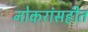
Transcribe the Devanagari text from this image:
नोकरांसहीत